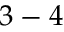
3 - 4